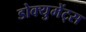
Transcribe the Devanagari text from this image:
डोक्युमेंट्स